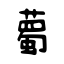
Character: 薥